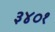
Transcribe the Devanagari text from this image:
३४०१